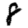
Digit: 8